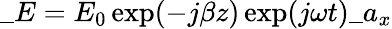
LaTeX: \_ E=E_{0}\exp(-j\beta z)\exp(j\omega t)\_ a_{x}